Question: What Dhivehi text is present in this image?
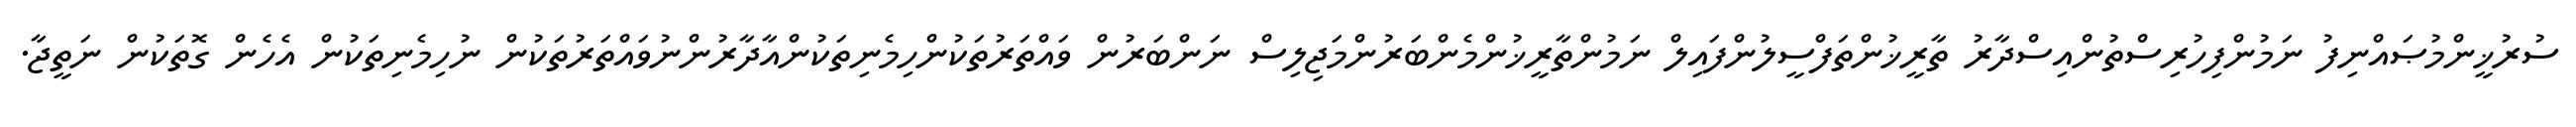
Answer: ސުރުޚީންމުޞައްނިފު ނަމުންފިހުރިސްތުންއިސްދާރު ތާރީޚުންތަފްސީލުންފައިލް ނަމުންތާރީޚުންމެންބަރުންމަޖިލިސް ނަންބަރުން ވައްތަރުތަކުންހިމެނިތަކުންއާދާރުންނުވައްތަރުތަކުން ނުހިމެނިތަކުން އެހެން ގޮތަކުން ނަތީޖާ.